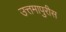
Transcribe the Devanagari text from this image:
उत्तमापुरीस